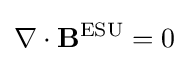
\nabla \cdot \mathbf {B} ^{\text{ESU}}=0